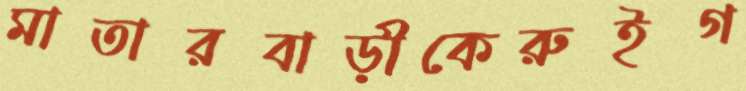
মাতারবাড়ীকেরুইগ